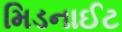
મિડનાઈટ